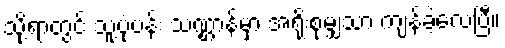
သို့ရာတွင် သူ့ပုံပန်း သဏ္ဌာန်မှာ အရိုးစုမျှသာ ကျန်ခဲ့လေပြီ။